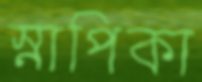
স্নাপিকা